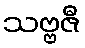
သဗ္ဗဇီ